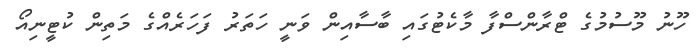
ހޫނު މޫސުމުގެ ޓްރާންސްފާ މާކެޓުގައި ބާސާއިން ވަނީ ހަތަރު ފަހަރެއްގެ މަތިން ކުޓީނިއޯ